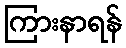
ကြားနာရန်